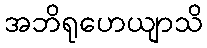
အဘိရုဟေယျာသိ